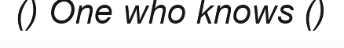
() One who knows ()